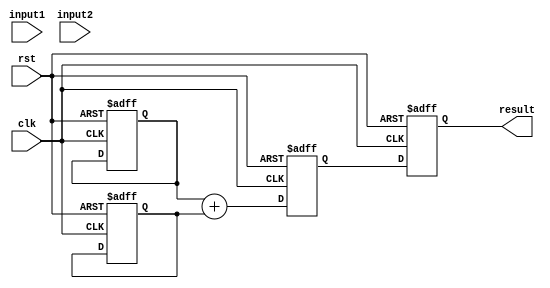
module fixed_point_adder(
  input [7:0] input1, 
  input [7:0] input2, 
  input clk,
  input rst,
  output reg [7:0] result
);

reg [15:0] sum;
reg [7:0] reg_input1;
reg [7:0] reg_input2;

always @(posedge clk or posedge rst) begin
  if (rst) begin
    sum <= 16'b0;
    reg_input1 <= 8'b0;
    reg_input2 <= 8'b0;
  end else begin
    sum <= reg_input1 + reg_input2;
  end
end

always @(posedge clk or posedge rst) begin
  if (rst) begin
    result <= 8'b0;
  end else begin
    result <= sum[7:0];
  end
end

endmodule